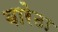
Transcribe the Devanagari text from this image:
बारेठा